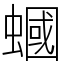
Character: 蟈